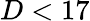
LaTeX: D<17